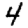
Digit: 4